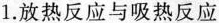
1.放热反应与吸热反应